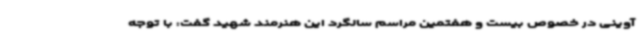
آوینی در خصوص بیست و هفتمین مراسم سالگرد این هنرمند شهید گفت: با توجه